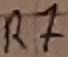
Text: R7